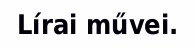
Lírai művei.